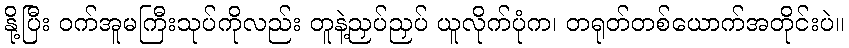
နို့ပြီး ဝက်အူမကြီးသုပ်ကိုလည်း တူနဲ့ညှပ်ညှပ် ယူလိုက်ပုံက၊ တရုတ်တစ်ယောက်အတိုင်းပဲ။